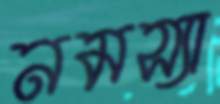
নমস্যা